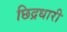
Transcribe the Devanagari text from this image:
छिद्रधारी